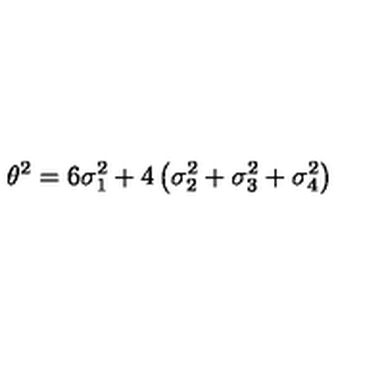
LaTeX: \theta ^ { 2 } = 6 \sigma _ { 1 } ^ { 2 } + 4 \left( \sigma _ { 2 } ^ { 2 } + \sigma _ { 3 } ^ { 2 } + \sigma _ { 4 } ^ { 2 } \right)